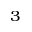
^ 3